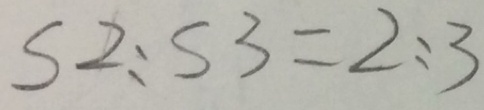
S 2 : S 3 = 2 : 3